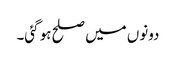
دونوں میں صلح ہو گئی۔